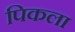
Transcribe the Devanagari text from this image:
पिकला